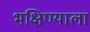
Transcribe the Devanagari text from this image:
भक्षिण्याला